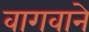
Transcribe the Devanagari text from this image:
वागवाने